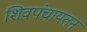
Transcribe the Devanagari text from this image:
शिवपंचायतन